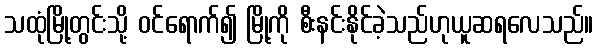
သထုံမြို့တွင်းသို့ ဝင်ရောက်၍ မြို့ကို စီးနင်းနိုင်ခဲ့သည်ဟုယူဆရလေသည်။